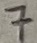
Text: 7